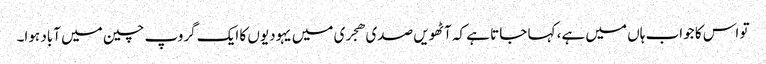
تو اس کا جواب ہاں میں ہے، کہا جاتا ہے کہ آٹھویں صدی ھجری میں یہودیوں کا ایک گروپ چین میں آباد ہوا۔